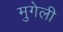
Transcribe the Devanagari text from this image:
मुगेली